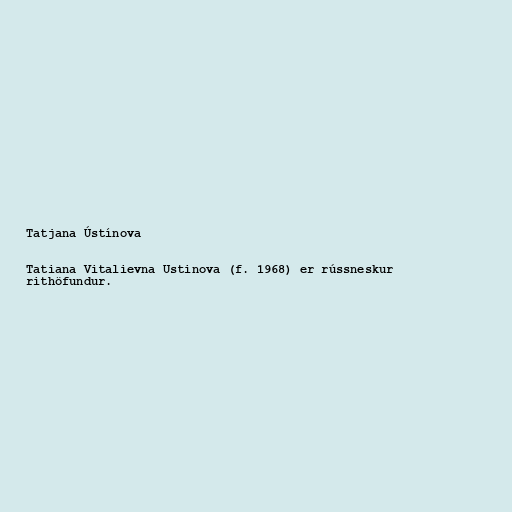
Tatjana Ústínova

Tatiana Vitalievna Ustinova (f. 1968) er rússneskur
rithöfundur.